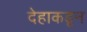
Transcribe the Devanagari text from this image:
देहाकडून